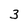
Character: 3